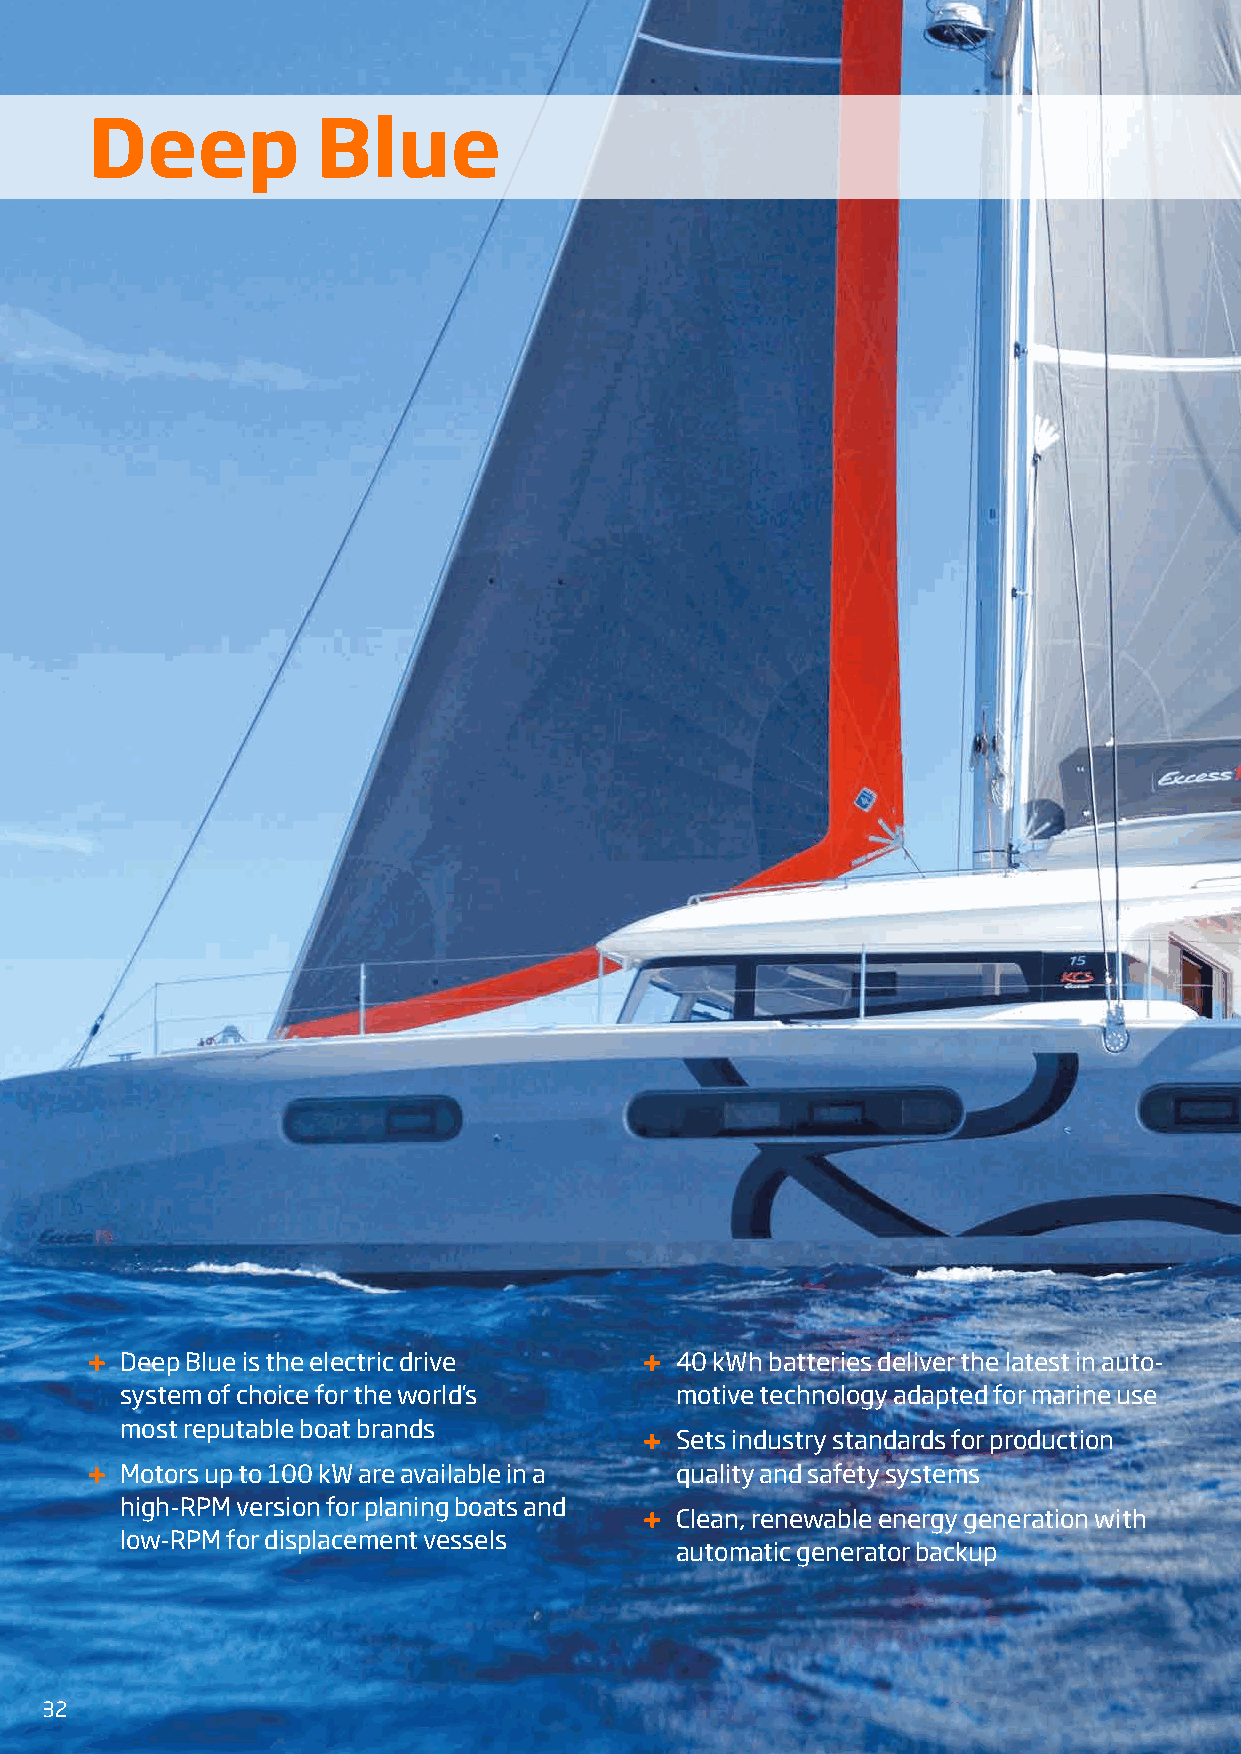
Deep           Blue
 Deep Blue is the electric drive      40 kWh batteries deliver the latest in auto-
 system of choice for the world’s     motive technology adapted for marine use
 most reputable boat brands
 Sets industry standards for production
 Motors up to 100 kW are available in a quality and safety systems
 high-RPM version for planing boats and
 Clean, renewable energy generation with
 low-RPM for displacement vessels
 automatic generator backup
 32